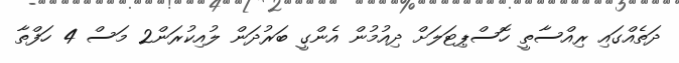
ދަތެއްގައި ރިއްސާތީ ހޮސްޕިޓަލަށް ދިއުމުން އެންގީ ބަރުދަން ލުއިކުރަން2 މަސް 4 ހަފްތާ